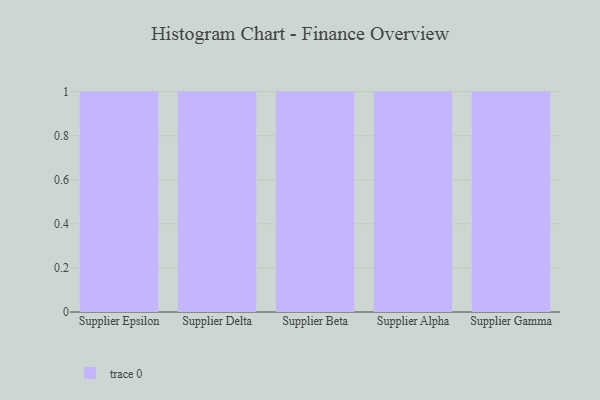
{"axis": {"x": "Supplier", "y": "Conversion Rate (%)"}, "legend": [""], "data": [{"x": "Supplier Epsilon", "y": 58, "type": ""}, {"x": "Supplier Delta", "y": 43, "type": ""}, {"x": "Supplier Beta", "y": 37, "type": ""}, {"x": "Supplier Alpha", "y": 95, "type": ""}, {"x": "Supplier Gamma", "y": 92, "type": ""}]}